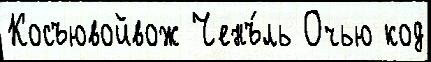
Косъювойвож Ченъ́ль Очью код